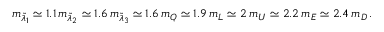
m _ { \widetilde \lambda _ { 1 } } \simeq 1 . 1 \, m _ { \widetilde \lambda _ { 2 } } \simeq 1 . 6 \, m _ { \widetilde \lambda _ { 3 } } \simeq 1 . 6 \, m _ { Q } \simeq 1 . 9 \, m _ { L } \simeq 2 \, m _ { U } \simeq 2 . 2 \, m _ { E } \simeq 2 . 4 \, m _ { D } \, .